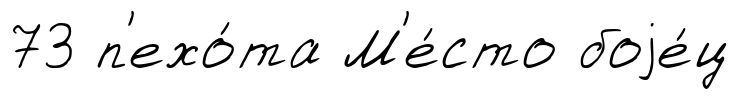
73 п'ехо́та М'е́сто боjе́ц